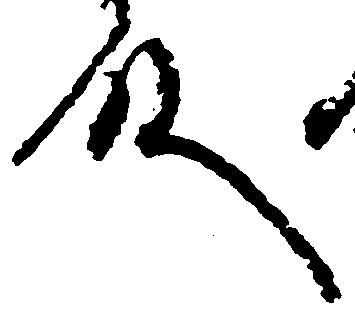
殿